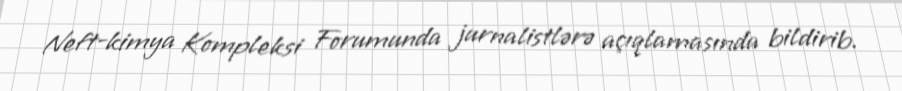
Neft-kimya Kompleksi Forumunda jurnalistlərə açıqlamasında bildirib.